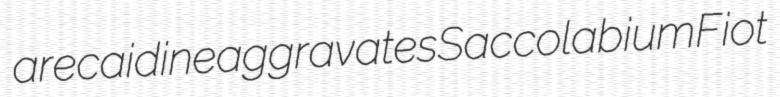
arecaidine aggravates Saccolabium Fiot